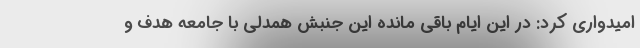
امیدواری کرد: در این ایام باقی مانده این جنبش همدلی با جامعه هدف و